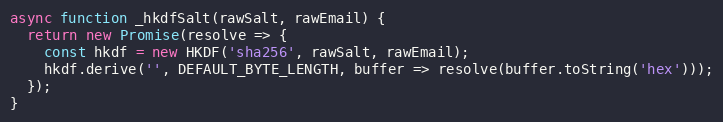
Language: JavaScript
async function _hkdfSalt(rawSalt, rawEmail) {
  return new Promise(resolve => {
    const hkdf = new HKDF('sha256', rawSalt, rawEmail);
    hkdf.derive('', DEFAULT_BYTE_LENGTH, buffer => resolve(buffer.toString('hex')));
  });
}